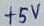
Text: +5V